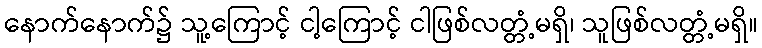
နောက်နောက်၌ သူ့ကြောင့် ငါ့ကြောင့် ငါဖြစ်လတ္တံ့မရှိ၊ သူဖြစ်လတ္တံ့မရှိ။